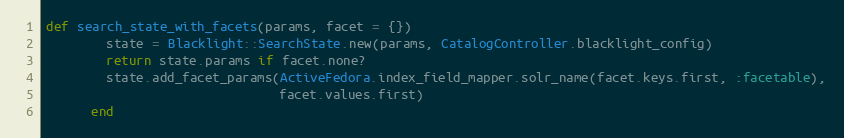
Language: Ruby
def search_state_with_facets(params, facet = {})
        state = Blacklight::SearchState.new(params, CatalogController.blacklight_config)
        return state.params if facet.none?
        state.add_facet_params(ActiveFedora.index_field_mapper.solr_name(facet.keys.first, :facetable),
                               facet.values.first)
      end